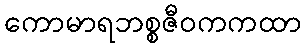
ကောမာရဘစ္စဇီဝကကထာ